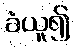
ခံယူ၍